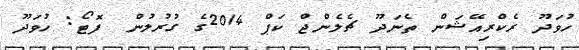
ހުވަދޫ ރެކްރިއޭޝަން ތެނަދޫ ޗެލެންޖް ކަޕް 2014ގެ ގުރުލުން  ފޮޓޯ: ހުވަދޫ